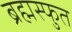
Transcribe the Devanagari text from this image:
ब्रह्मस्फुत